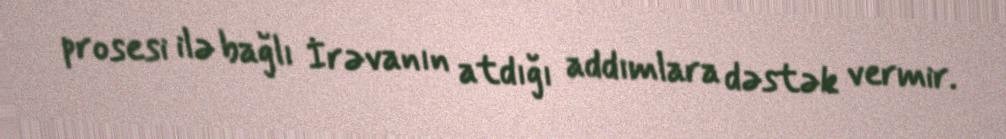
prosesi ilə bağlı İrəvanın atdığı addımlara dəstək vermir.